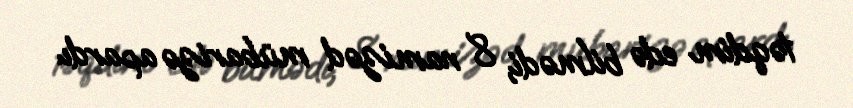
təqdim edə bilmədi, 8 namizəd mübarizə apardı.